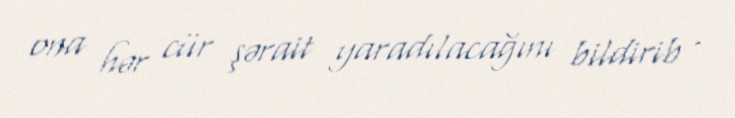
ona hər cür şərait yaradılacağını bildirib .